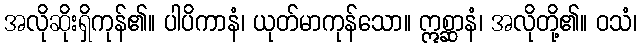
အလိုဆိုးရှိကုန်၏။ ပါပိကာနံ၊ ယုတ်မာကုန်သော။ ဣစ္ဆာနံ၊ အလိုတို့၏။ ဝသံ၊